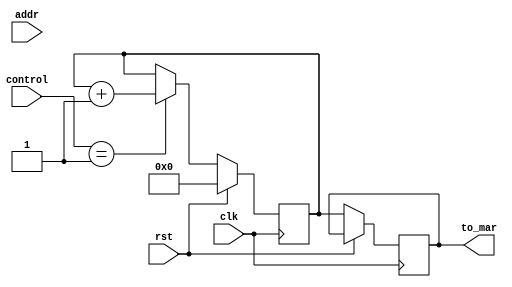
`timescale 1ns / 1ps
//////////////////////////////////////////////////////////////////////////////////
// Company: 
// Engineer: 
// 
// Design Name: 
// Module Name: pc
// Project Name: 
// Target Devices: 
// Tool Versions: 
// Description: 
// 
// Dependencies: 
// 
// Revision:
// Revision 0.01 - File Created
// Additional Comments:
// 
//////////////////////////////////////////////////////////////////////////////////


module pc(clk,rst,control,addr,to_mar

    );
    input clk,rst;
    input [1:0]control;
    input [7:0]addr;
    output reg[7:0]to_mar;
    reg [7:0]pc;
    initial 
    begin
        to_mar<=8'b00000000;
        pc<=8'b00000000;
    end
    always@(posedge clk)
    begin
        if(rst==1)
        begin
            pc<=0;
        end
        else
        begin
            if(control==01)
            begin
                pc<=pc+1;
            end
            if(control==10)
            begin
                pc<=addr;
            end
            to_mar<=pc;    
        end
    end
endmodule